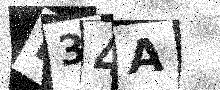
Text: H34A